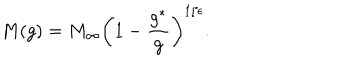
LaTeX: M ( g ) = M _ { \infty } \left( 1 - \frac { g ^ { * } } { g } \right) ^ { 1 / \epsilon } .